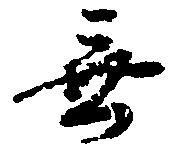
無